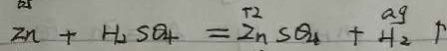
z n + H _ { 2 } S O _ { 4 } = Z n S O _ { 4 } + H _ { 2 } \uparrow